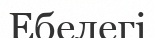
Ебелегі